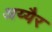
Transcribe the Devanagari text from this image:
अय्यैर